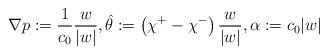
LaTeX: \begin{align*} \nabla p:= \frac{1}{c_0} \frac{w}{|w|}, \hat\theta := \left(\chi^+ - \chi^-\right) \frac{w}{|w|}, \alpha := c_0 |w|\end{align*}